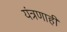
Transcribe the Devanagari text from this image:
यंत्रणाही